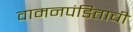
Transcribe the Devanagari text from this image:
वामनपंडिताची